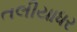
તલીયાધર